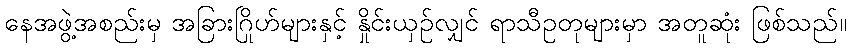
နေအဖွဲ့အစည်းမှ အခြားဂြိုဟ်များနှင့် နှိုင်းယှဉ်လျှင် ရာသီဥတုများမှာ အတူဆုံး ဖြစ်သည်။